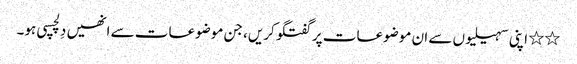
٭٭ اپنی سہیلیوں سے ان موضوعات پر گفتگو کریں، جن موضوعات سے انھیں دِلچسپی ہو۔